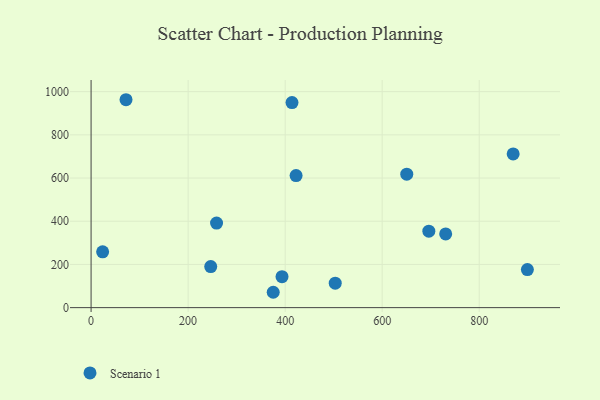
{"axis": {"x": "Ad Spend", "y": "Rating"}, "legend": ["Scenario 1"], "data": [{"x": "503.2", "y": 113.3, "type": "Scenario 1"}, {"x": "23.8", "y": 258.4, "type": "Scenario 1"}, {"x": "258.6", "y": 391.3, "type": "Scenario 1"}, {"x": "422.5", "y": 611.3, "type": "Scenario 1"}, {"x": "730.8", "y": 341.2, "type": "Scenario 1"}, {"x": "375.4", "y": 71.1, "type": "Scenario 1"}, {"x": "899.2", "y": 176.0, "type": "Scenario 1"}, {"x": "869.9", "y": 711.6, "type": "Scenario 1"}, {"x": "72.0", "y": 962.6, "type": "Scenario 1"}, {"x": "650.6", "y": 618.0, "type": "Scenario 1"}, {"x": "696.1", "y": 354.1, "type": "Scenario 1"}, {"x": "414.1", "y": 949.6, "type": "Scenario 1"}, {"x": "393.5", "y": 143.5, "type": "Scenario 1"}, {"x": "246.6", "y": 190.2, "type": "Scenario 1"}]}